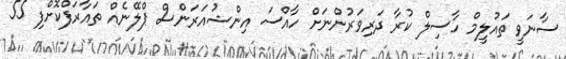
ސާނަވީ ތައުލީމް ހާސިލް ކުރާ ދަރިވަރުންނަށް ހާއްސަ އިންޝުއަރަންސް ޕްލޭނެއް ތައާރަފްކޮށްފި 55